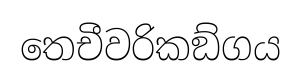
තෙචීවරිකඞ්ගය